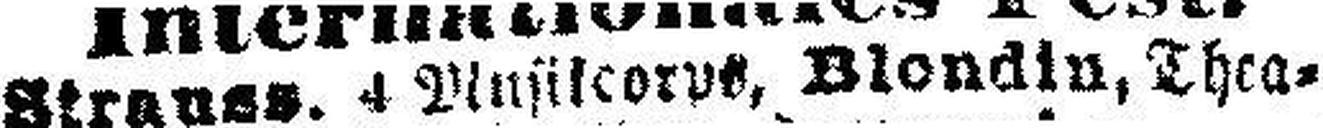
Stranss. 4 Musilcor###, Blondin, Thea¬